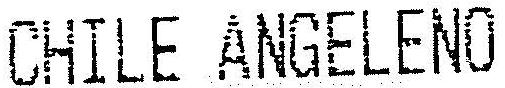
CHILE ANGELENO